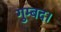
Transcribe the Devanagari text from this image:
गुम्बद।